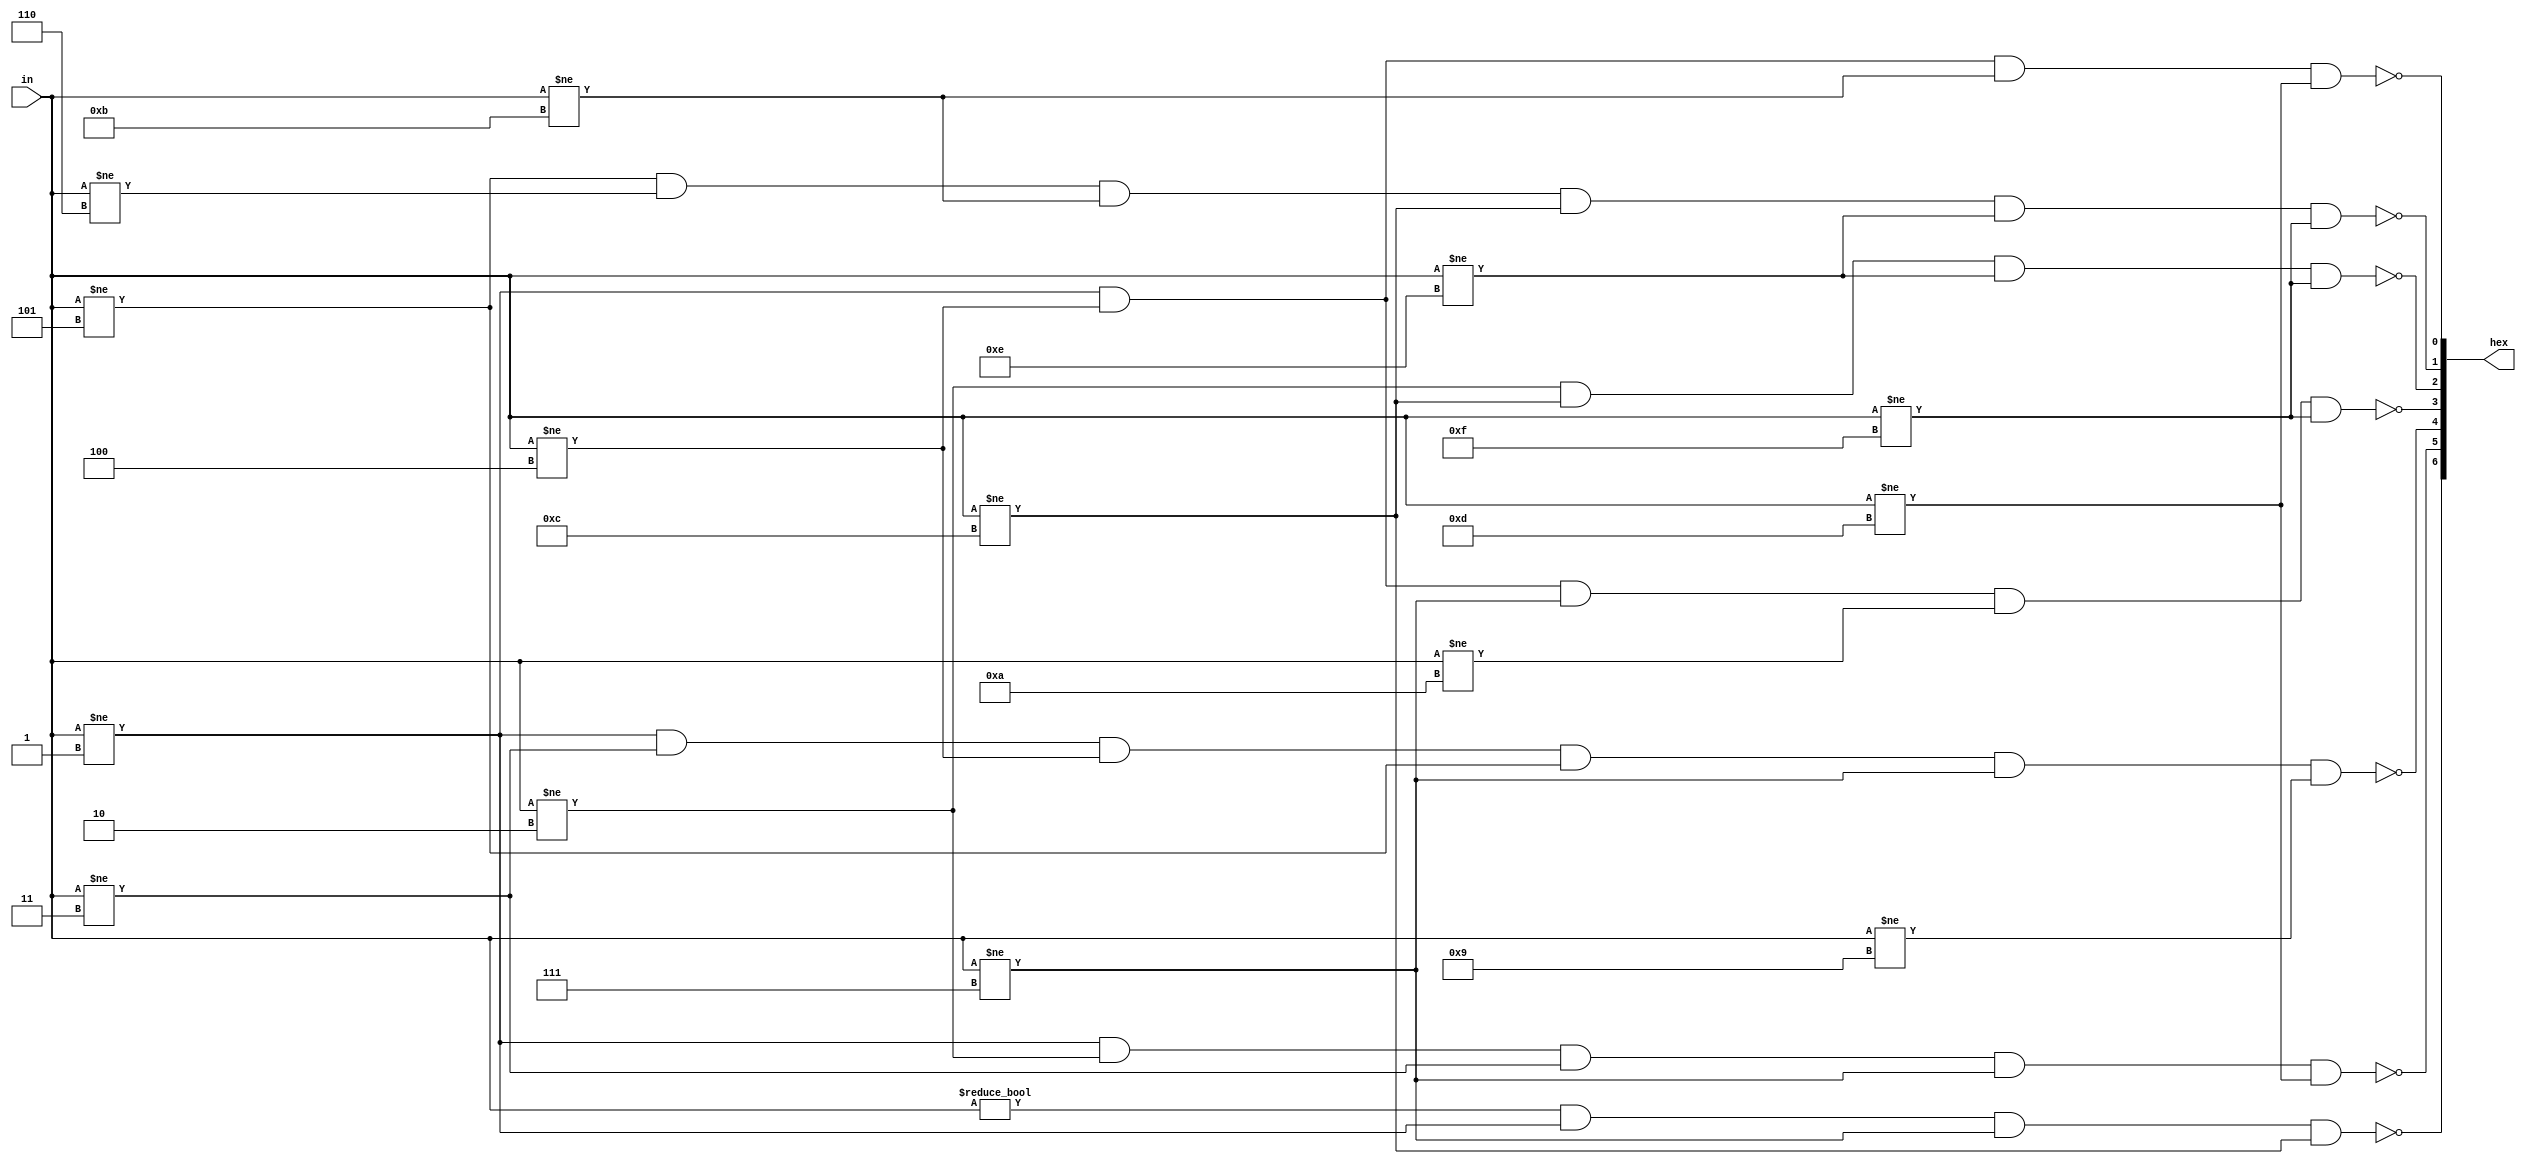
module hex_decoder(in, hex);
	input [3:0] in;
	output reg [6:0] hex;
	
	always@(*) begin
		hex[0] <= !(in!=1 && in!=4 && in!=11 && in!=13);
		hex[1] <= !(in!=5 && in!=6 && in!=11 && in!=12 && in!=14 && in!=15);
		hex[2] <= !(in!=2 && in!=12 && in!=14 && in!=15);
		hex[3] <= !(in!=1 && in!=4 && in!=7 && in!=10 && in!=15);
		hex[4] <= !(in!=1 && in!=3 && in!=4 && in!=5 && in!=7 && in!=9);
		hex[5] <= !(in!=1 && in!=2 && in!=3 && in!=7 && in!=13);
		hex[6] <= !(in!=0 && in!=1 && in!=7 && in!=12);
	end
endmodule